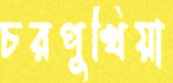
চরপুখিয়া